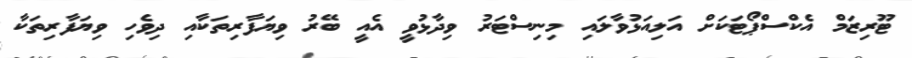
ޓޫރިޒަމް އެކްސްޕޯޓަކަށް އަލިއަޅުވާލައި މިނިސްޓަރު ވިދާޅުވީ އެއީ ބޭރު ވިޔަފާރިތަކާއި ދިވެހި ވިޔަފާރިތަކާ